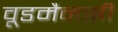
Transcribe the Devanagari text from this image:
वूडमैनसी